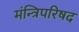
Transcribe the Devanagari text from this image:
मंन्त्रिपरिषद